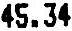
45.34